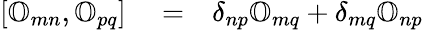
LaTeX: \begin{array}{rlr}{\left[{\mathbb O}_{mn},{\mathbb O}_{pq}\right]}&{{}=}&{\delta_{np}{\mathbb O}_{mq}+\delta_{mq}{\mathbb O}_{np}}\end{array}